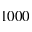
1 0 0 0